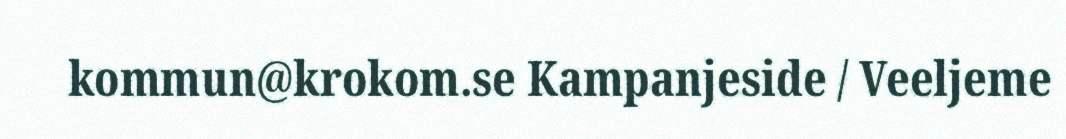
kommun@krokom.se Kampanjeside / Veeljeme